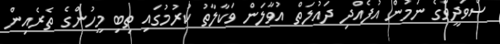
ސްވަދީވްގެ ނަމުން އުފެއްދި ދައުލަތް އުވާލަން ވަކާލާތު ކުރުމުގައި ތިބި މީހުންގެ ތެރެއިން